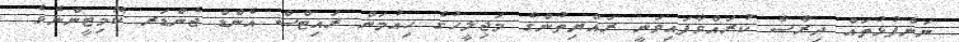
ނަންފުޅުތައް ދިރާސާ ކުރައްވާފައިވަނީ ރައްޔިތުންގެ މަޖިލީހުގެ ހިއުމަން ރައިޓްސް އެންޑް ޖެންޑަރ ކޮމިޓީންނެވެ.